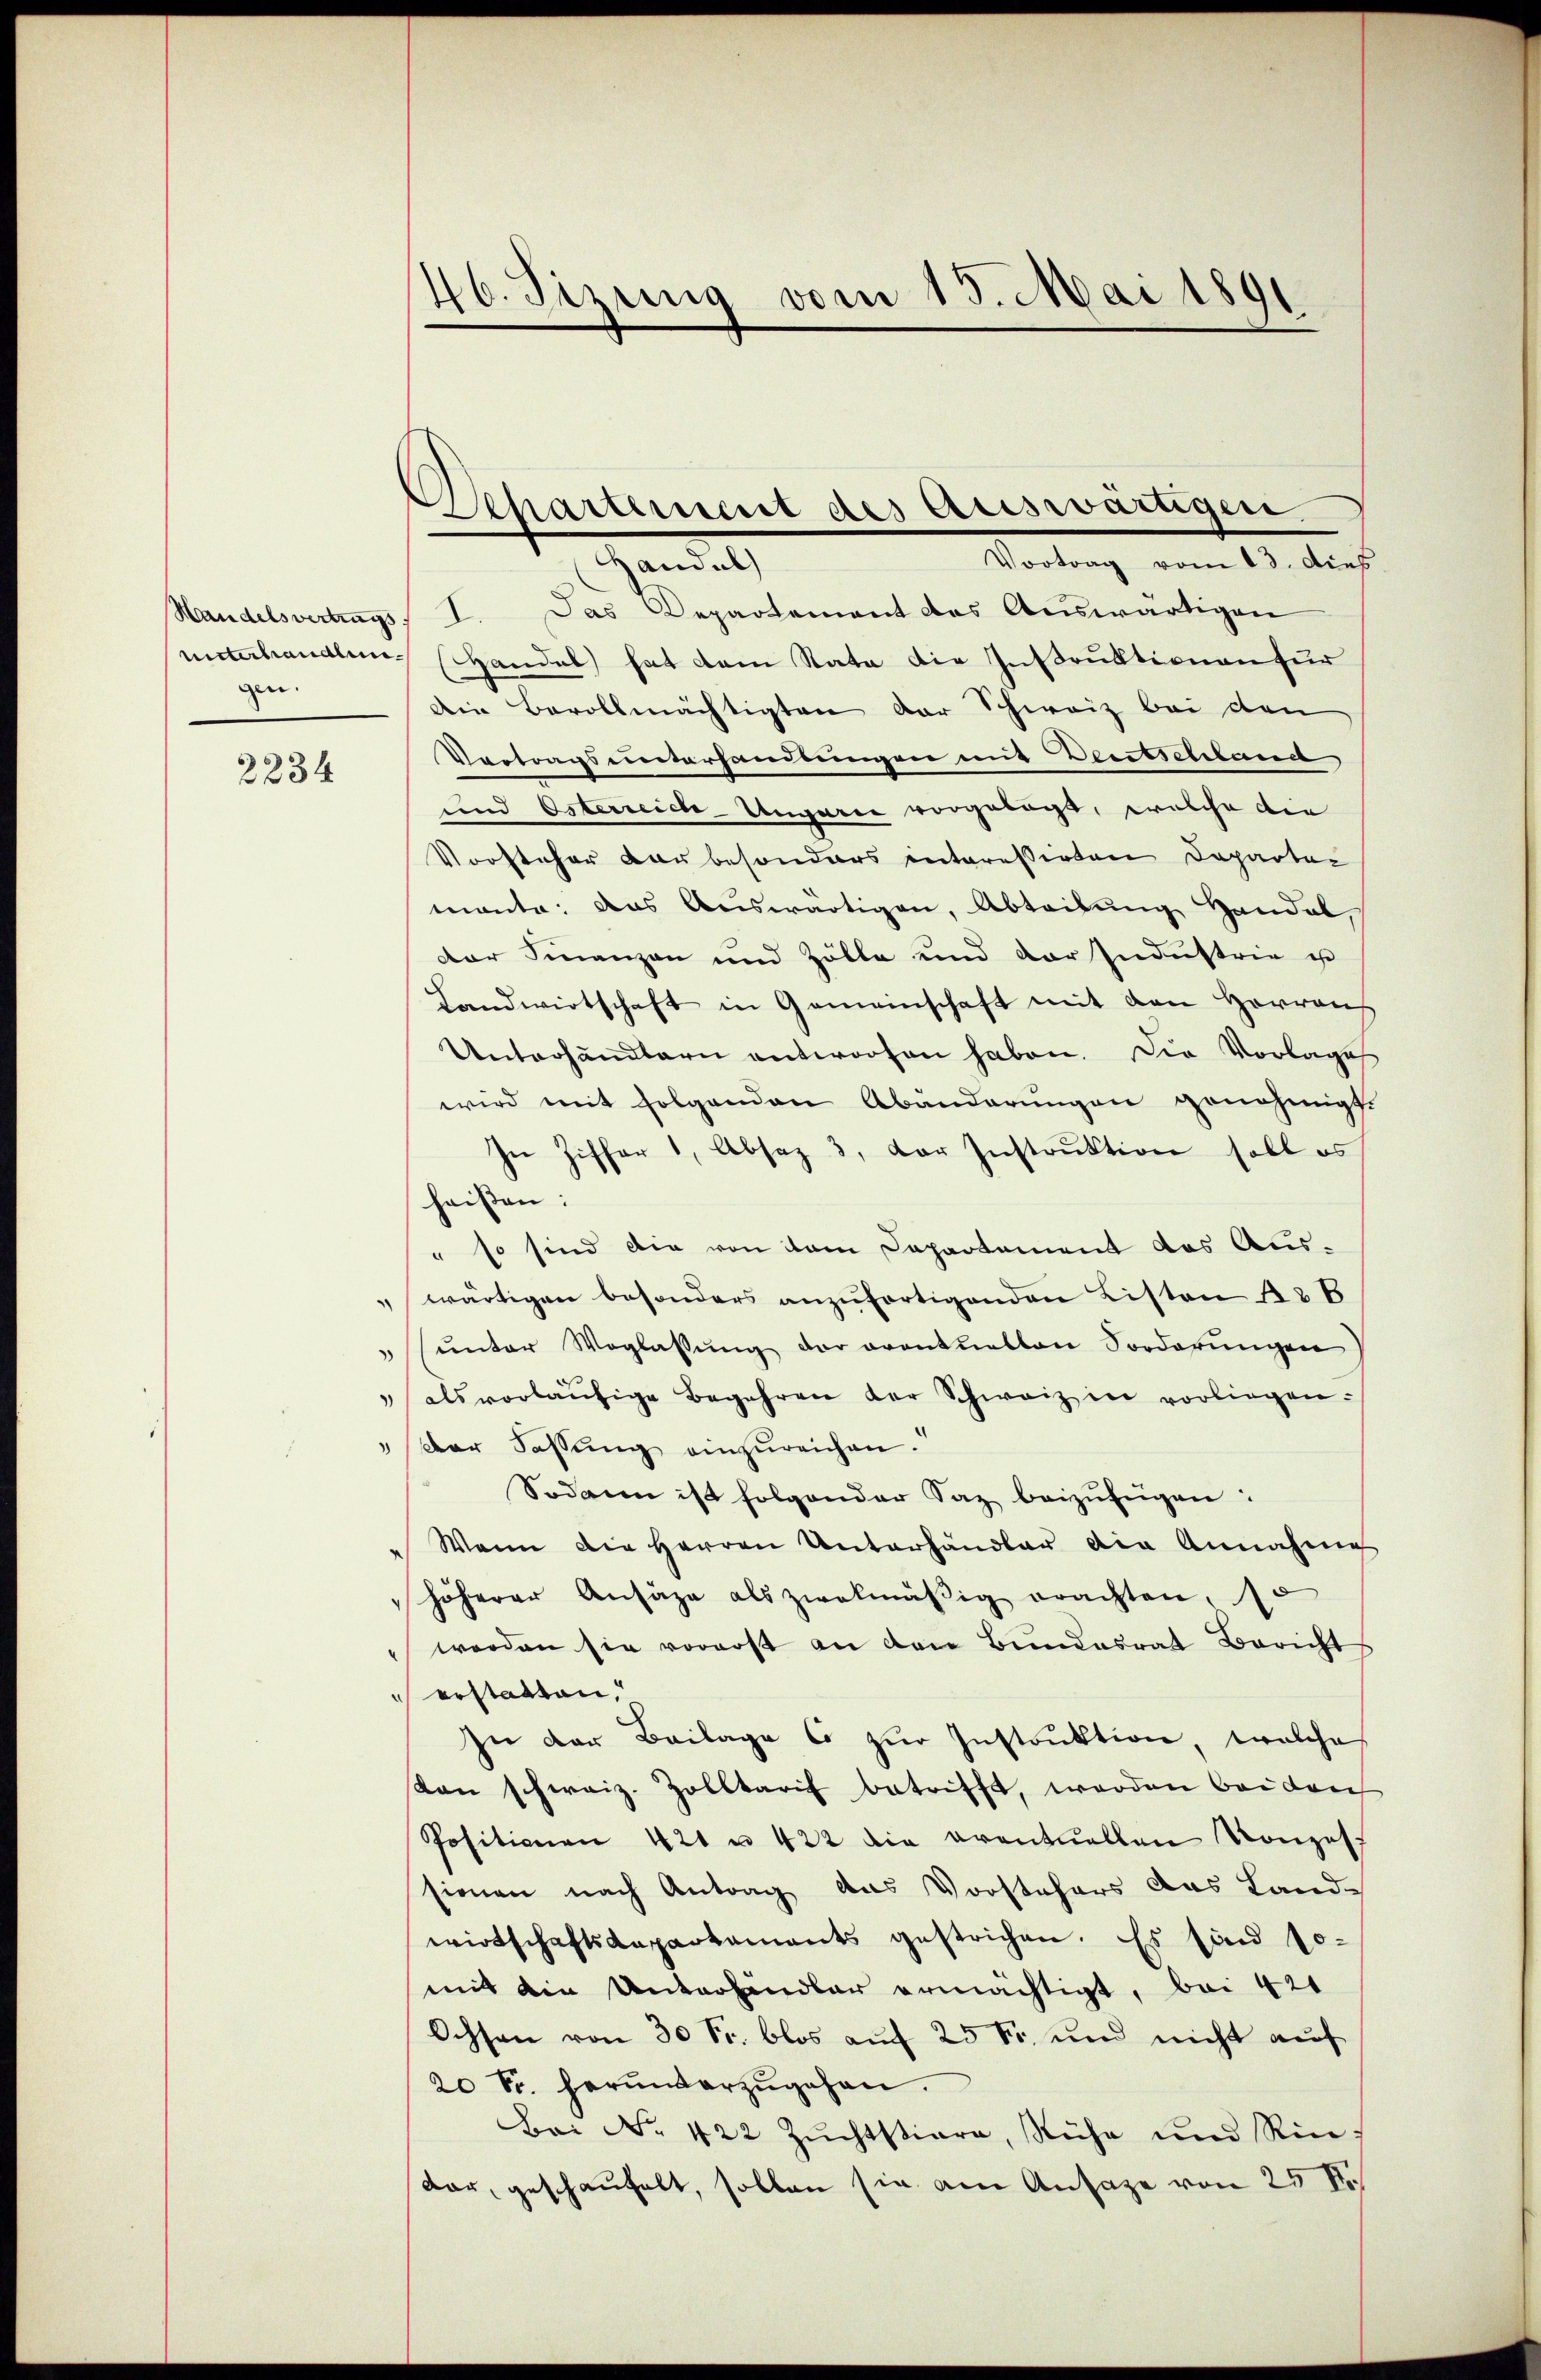
gen.

2234

46. Jezung vom 15. Mai 1891

Handelsvertrags, I. Das Departement des Auswärtigen
unterhandlen Handel hat dem Rata die Instruktionen für
Die Bevollmächtigten der Schweiz bei den
Vertragsunterhandlungen mit Deutschland
und Osterreich-Ungarie vorgelegt, welche die
Vorsteher der besonders interessirten Departer
manta, das Auswärtigen, Abteilŭng Handel
Der Finanzen und Zölle und der Industrie u
Landwirtschaft in Gemeinschaft mit den Herreich
Unterhandlern entworfen haben. Die Vorlage
wird mit folgenden Abänderungen genehmigt.
In Ziffer 1, Absaz 3, der Instruktion soll es
heissen:
" so sind die von dem Departement das Auswärtigen besonders anzufertigenden Listen 426
ŭnter Weglassŭng der eventuellen Sorderŭngen
 als vorläŭfige Begehren der Schweiz in vorliegen.
"Der Fassung einzureichen.
Sodann ist folgender Saz beizufügen:
Wann die Herren Unterhändler die Annahme
höherer Ansage als zwekmäβig erachten, so
werden sie vorerst an den Bundesrat Bericht
erstatten,
In der Beilage 6 zŭr Instruktion, welche
dan schweiz. Zolltarif betrifft, werden bei durch
Positionen 421 u. 422 die eventuellen Konzess
sionen nach Antrag das Vorstehers das Land-
wirtschaftsdepartaments gestrichen. Es sind so-
mit ain Unterhindler ermächtigt, bei 421
Ochsen von 30 Fr. blos auf 25 fr. und nicht auf
20 Fr. herunterzŭgehen.
Bai No 422 Zŭchtstiere, Ruhe und Rin
dar, geschaufelt, sollen sie am Ansage von 25 Fr

Beschartement des Auswärtigen
Vortrag vom 13. dies
Ganel